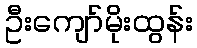
ဦးကျော်မိုးထွန်း